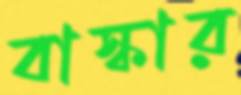
বাস্কার